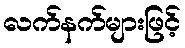
လက်နက်များဖြင့်